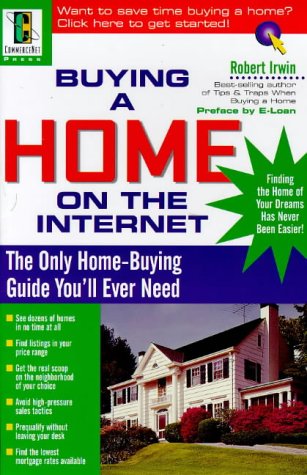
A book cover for Buying a Home on the Internet; Robert Irwin; Computers & Technology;